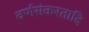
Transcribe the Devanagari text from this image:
वर्णसंकरतादि